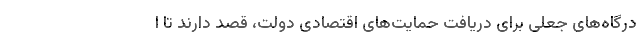
درگاه‌های جعلی برای دریافت حمایت‌های اقتصادی دولت، قصد دارند تا ا